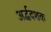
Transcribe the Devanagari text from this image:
अर्द्धदशक